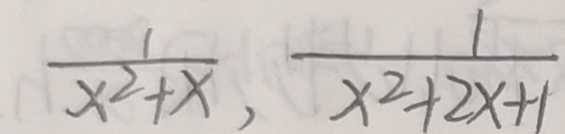
\frac { 1 } { x ^ { 2 } + x } , \frac { 1 } { x ^ { 2 } + 2 x + 1 }